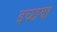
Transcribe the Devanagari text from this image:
इच्छया